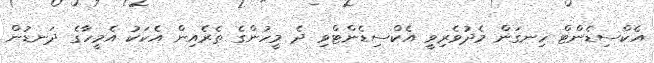
އެކްސިޑެންޓް ހިނގަން މެދުވެރިވީ އެކްސިޑެންޓްވި ދެ މީހުންގެ ތެރެއިން އެކަކު އެމީހާގެ ދަނޑުން